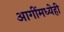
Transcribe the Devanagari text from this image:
आगींमध्येही